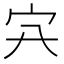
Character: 𡦿